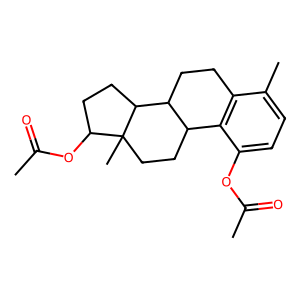
SMILES: CC(=O)Oc1ccc(C)c2c1C1CCC3(C)C(OC(C)=O)CCC3C1CC2
Inhibits HIV replication: No